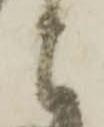
と